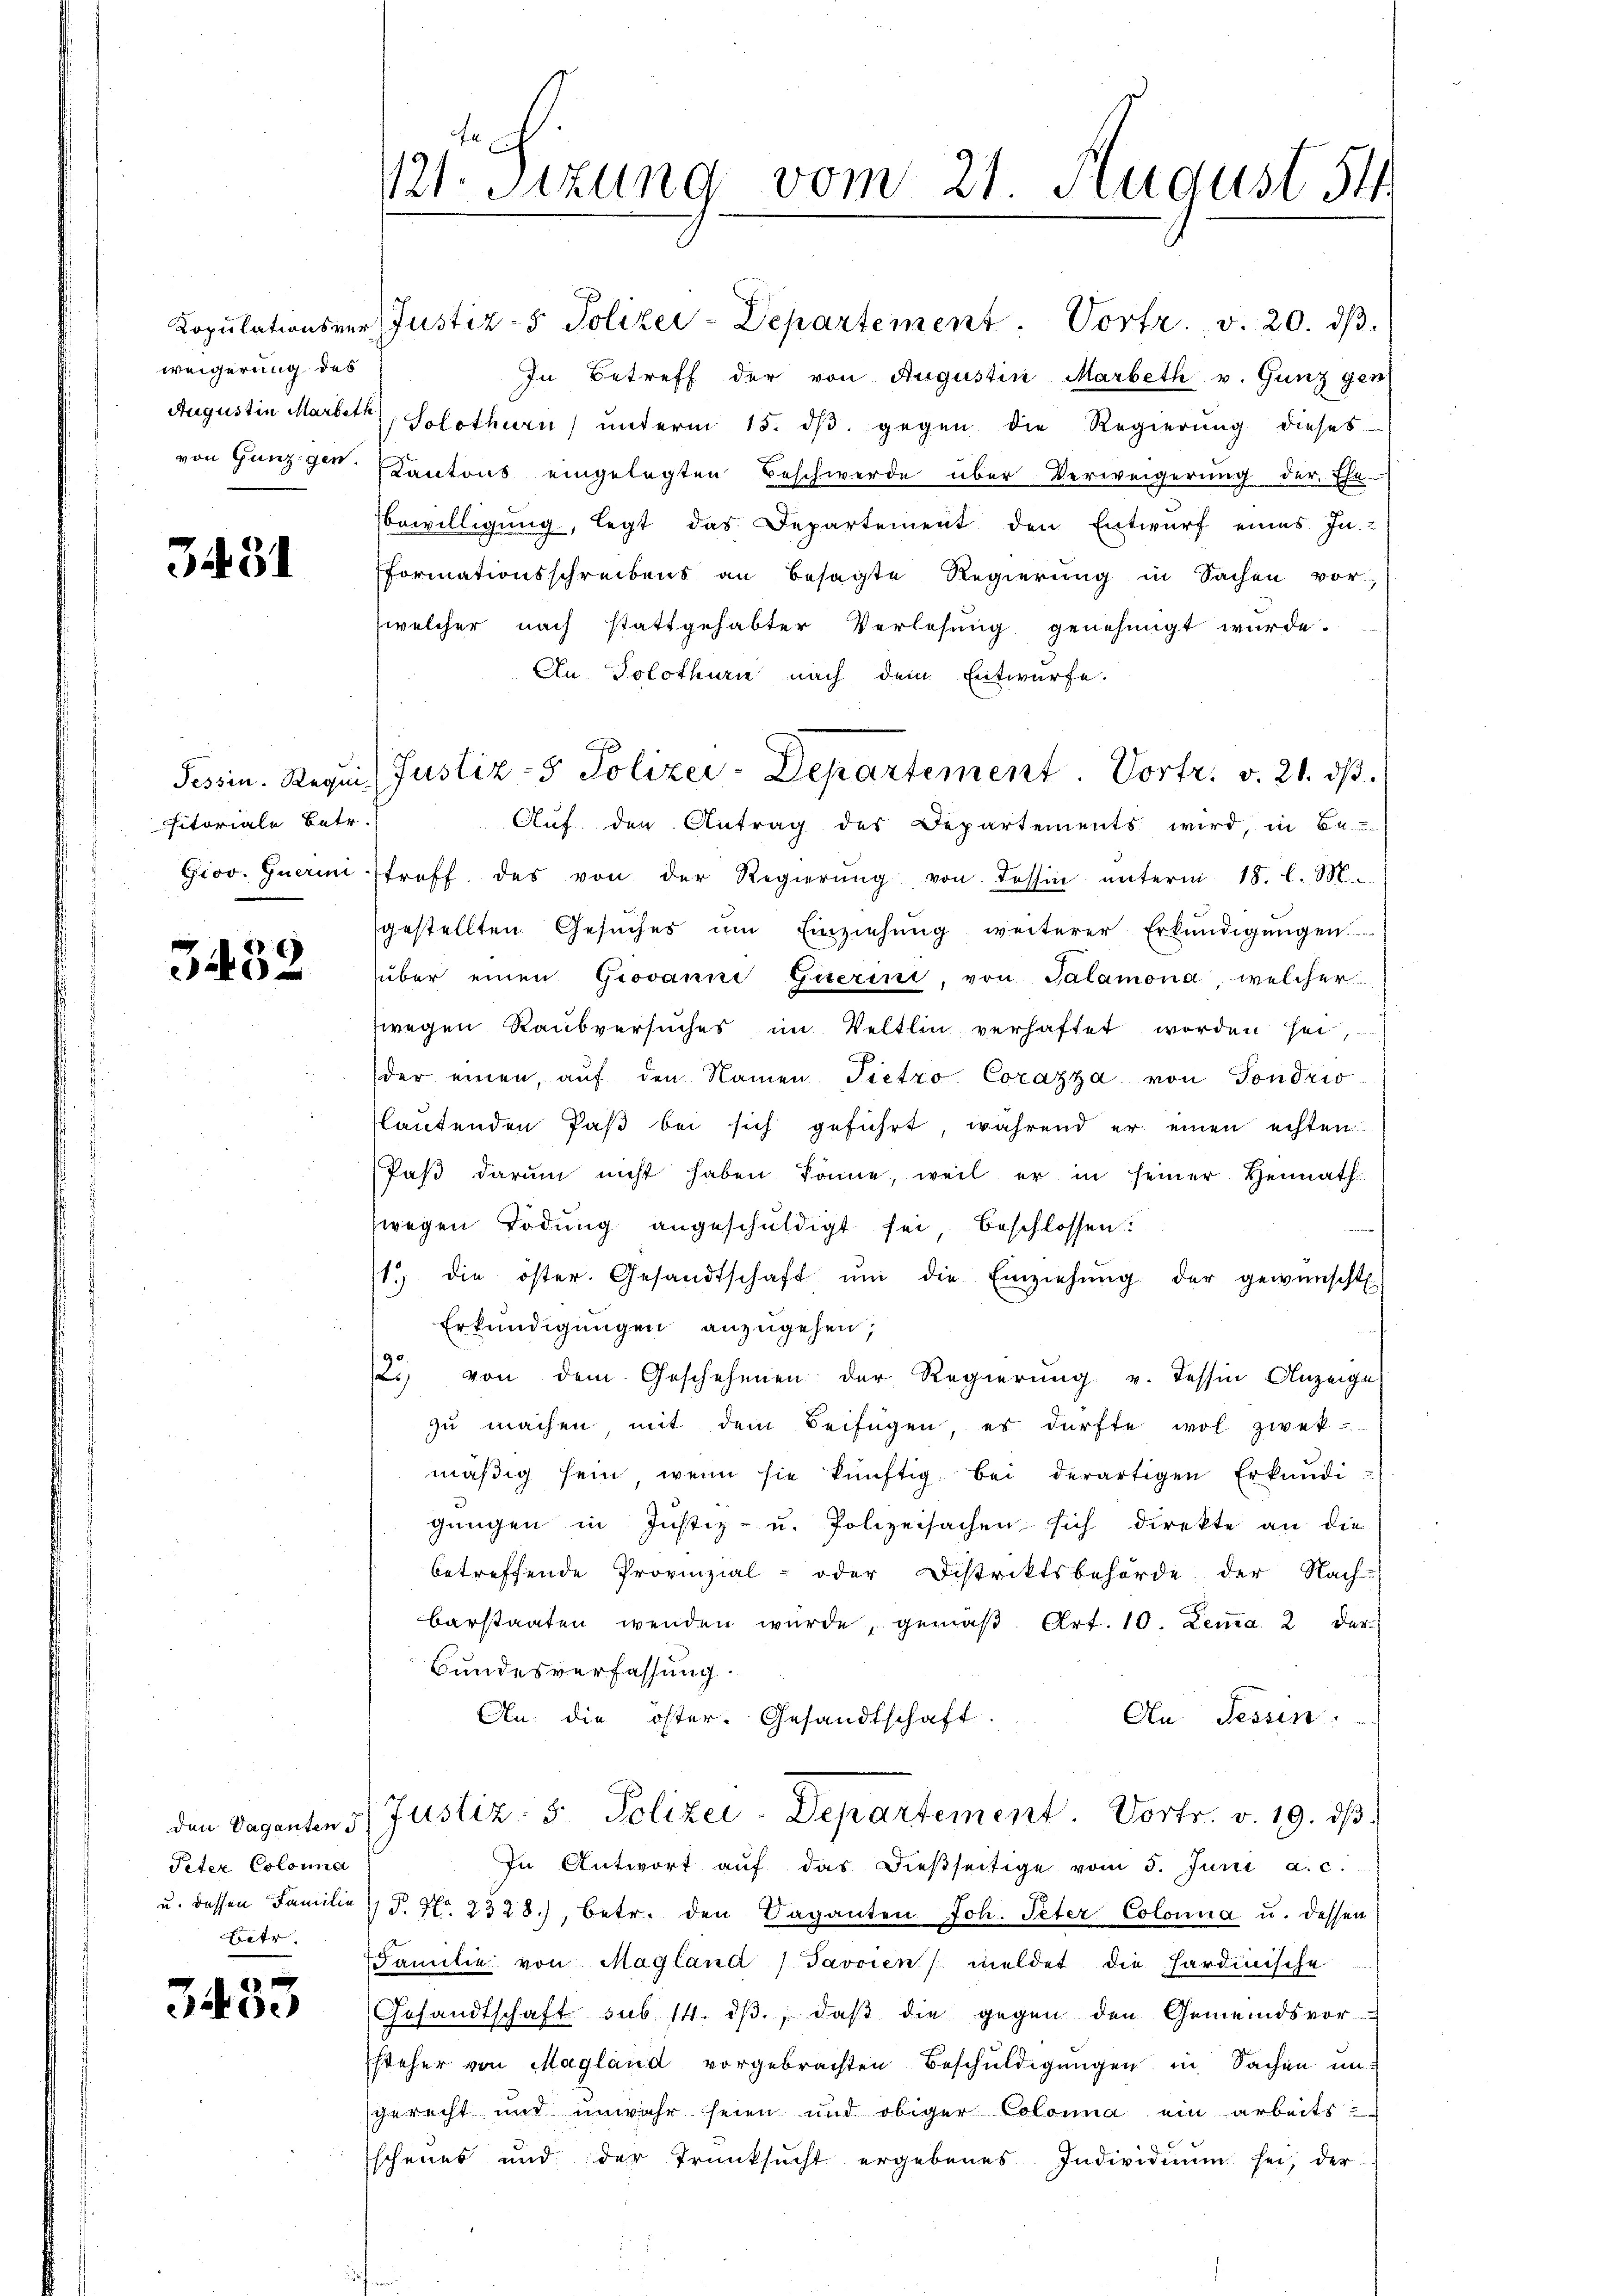
weigerung des

3431

sitoriale Betr.

3432

Peter Colonna
u. dessen Familie
Betr.

e
3400

121. Sitzung vom 21. August 54

Kopulationsver- Justiz- & Polizei-Departement. Vortr. v. 20. dβ.

Tessin. Requis Justiz- & Polizei-Departement. Vortr. v. 21. dβ.

In Betreff der von Augustin Marbeth v. Gunz gen
Augustin Martet, Solothurn, ŭnterm 15. dβ gegen die Regierung dieses
von Ganz gen. Kantons eingelegten Beschwerde über Verweigerŭng der Ehe-
bewilligung, legt das Departement den Entwurf eines In-
Formationsschreibens an besagte Regierung in Sachen vor
welcher nach stattgehabter Verlesung genehmigt wurde.
An Solothurn nach dem Entwurfe.
Auf. den Antrag des Departements wird, in Be-
Giov. Guerini treff des von der Regierŭng von dessin ŭnterm 18. l. M.
gestellten Gesŭches ŭm Einziehŭng weiterer Erkŭndigŭngen.
über einen Grovanne Guterini, von Palamona, welcher
wegen Raubversuches im Veltlin verhaftet worden sei,
der einen, aŭf den Namen Tietro Corazza von Sondrio
lautenden Paβ bei sich geführt, während er einen echten
Paβ darum nicht haben könne, weil er in seiner Hennath
wegen Todung angeschuldigt sei, beschlossen:
1.) die öster. Gesandtschaft ŭm die Einziehŭng der gewünscht
Erkundigungen anzugehen;
2i) von dem Geschehenen der Regierung v. Tessin Anzeige
zŭ machen mit dem Beifügen es dürfte wol zwek
mäβig sein wenn sie künftig bei derartigen Erkundi-
gŭngen in Justiz- u. Polizeisachen sich direkte an die
betreffende Provinzial- oder Distriktsbehörde der Nach-
barstaaten wenden würde, gemäβ Art. 10. Lemma 2 der
Bundesverfassung.
An die öster. Gesandtschaft.
An. Tessin.
den Vaganten 3 Justiz- & Polizei-Departement. Vortr. v. 19. dβ
In Antwort aŭf das dieβseitige vom 5. Juni a. c.
T. No. 2328, betr. den Saganten Joh. Peter Colonna u. dessen
Familie von Magland Javoien) meldet die Hardinische
Gesandtschaft sub 14. dβ, daβ die gegen den Gemeindsvor-
Ehteher von Magland vorgebrachten Beschuldigungen in Sachen ungerecht und unwahr seien und obiger Colonia ein arbeits-
schenes und der Trŭnksŭcht ergebenes Individuum sei, der